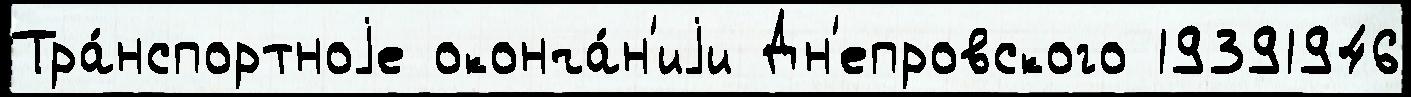
Тра́нспортноjе оконча́н'иjи Дн'епровского 19391946